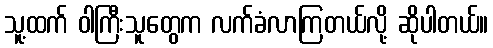
သူ့ထက် ဝါကြီးသူတွေက လက်ခံလာကြတယ်လို့ ဆိုပါတယ်။